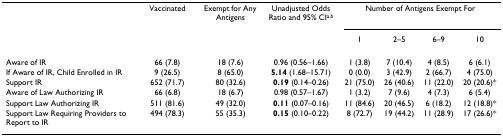
<table><thead><tr><td></td><td><b>Vaccinated</b></td><td><b>Exempt for Any Antigens</b></td><td><b>Unadjusted Odds Ratio and 95% CI<sup>a,b</sup></b></td><td colspan="4"><b>Number of Antigens Exempt For</b></td></tr><tr><td></td><td></td><td></td><td></td><td><b>1</b></td><td><b>2–5</b></td><td><b>6–9</b></td><td><b>10</b></td></tr></thead><tbody><tr><td>Aware of IR</td><td>66 (7.8)</td><td>18 (7.6)</td><td>0.96 (0.56–1.66)</td><td>1 (3.8)</td><td>7 (10.4)</td><td>4 (8.5)</td><td>6 (6.1)</td></tr><tr><td>If Aware of IR, Child Enrolled in IR</td><td>9 (26.5)</td><td>8 (65.0)</td><td><b>5.14 </b>(1.68–15.71)</td><td>0 (0.0)</td><td>3 (42.9)</td><td>2 (66.7)</td><td>4 (75.0)</td></tr><tr><td>Support IR</td><td>652 (71.7)</td><td>80 (32.6)</td><td><b>0.19 </b>(0.14–0.26)</td><td>21 (75.0)</td><td>26 (40.6)</td><td>11 (22.0)</td><td>20 (20.6)*</td></tr><tr><td>Aware of Law Authorizing IR</td><td>66 (6.8)</td><td>18 (6.7)</td><td>0.98 (0.57–1.67)</td><td>1 (3.2)</td><td>7 (9.6)</td><td>4 (7.3)</td><td>6 (5.4)</td></tr><tr><td>Support Law Authorizing IR</td><td>511 (81.6)</td><td>49 (32.0)</td><td><b>0.11 </b>(0.07–0.16)</td><td>11 (84.6)</td><td>20 (46.5)</td><td>6 (18.2)</td><td>12 (18.8)*</td></tr><tr><td>Support Law Requiring Providers to Report to IR</td><td>494 (78.3)</td><td>55 (35.3)</td><td><b>0.15 </b>(0.10–0.22)</td><td>8 (72.7)</td><td>19 (44.2)</td><td>11 (28.9)</td><td>17 (26.6)*</td></tr></tbody></table>